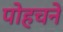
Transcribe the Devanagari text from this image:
पोहचने